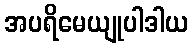
အပရိမေယျုပါဒါယ